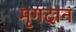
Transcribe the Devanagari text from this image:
मृगदान